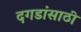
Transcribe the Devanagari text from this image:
दगडांसाठी